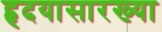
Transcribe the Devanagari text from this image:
हृदयासारख्या